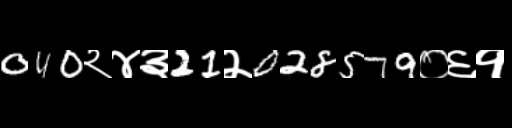
Text: 040२४३21२028579०६१